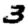
Digit: 3